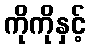
ကိုကိုနှင့်